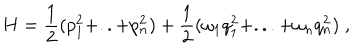
H = \frac { 1 } { 2 } ( p _ { 1 } ^ { 2 } + . . + p _ { n } ^ { 2 } ) + \frac { 1 } { 2 } ( \omega _ { 1 } q _ { 1 } ^ { 2 } + . . . + \omega _ { n } q _ { n } ^ { 2 } ) \; ,